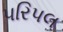
પરિપલ